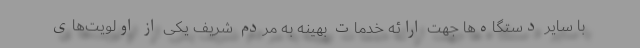
با سایر دستگاه‌ها جهت ارائه خدمات بهینه به مردم شریف یکی از اولویت‌های